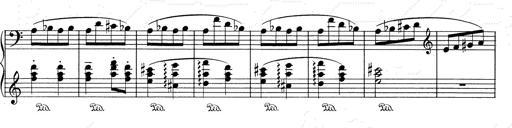
Title: RÃ©miniscences de Don Juan
Composer: Franz Liszt